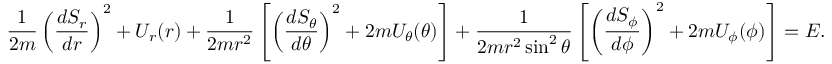
{ \frac { 1 } { 2 m } } \left( { \frac { d S _ { r } } { d r } } \right) ^ { 2 } + U _ { r } ( r ) + { \frac { 1 } { 2 m r ^ { 2 } } } \left[ \left( { \frac { d S _ { \theta } } { d \theta } } \right) ^ { 2 } + 2 m U _ { \theta } ( \theta ) \right] + { \frac { 1 } { 2 m r ^ { 2 } \sin ^ { 2 } \theta } } \left[ \left( { \frac { d S _ { \phi } } { d \phi } } \right) ^ { 2 } + 2 m U _ { \phi } ( \phi ) \right] = E .